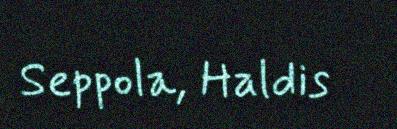
Seppola, Haldis